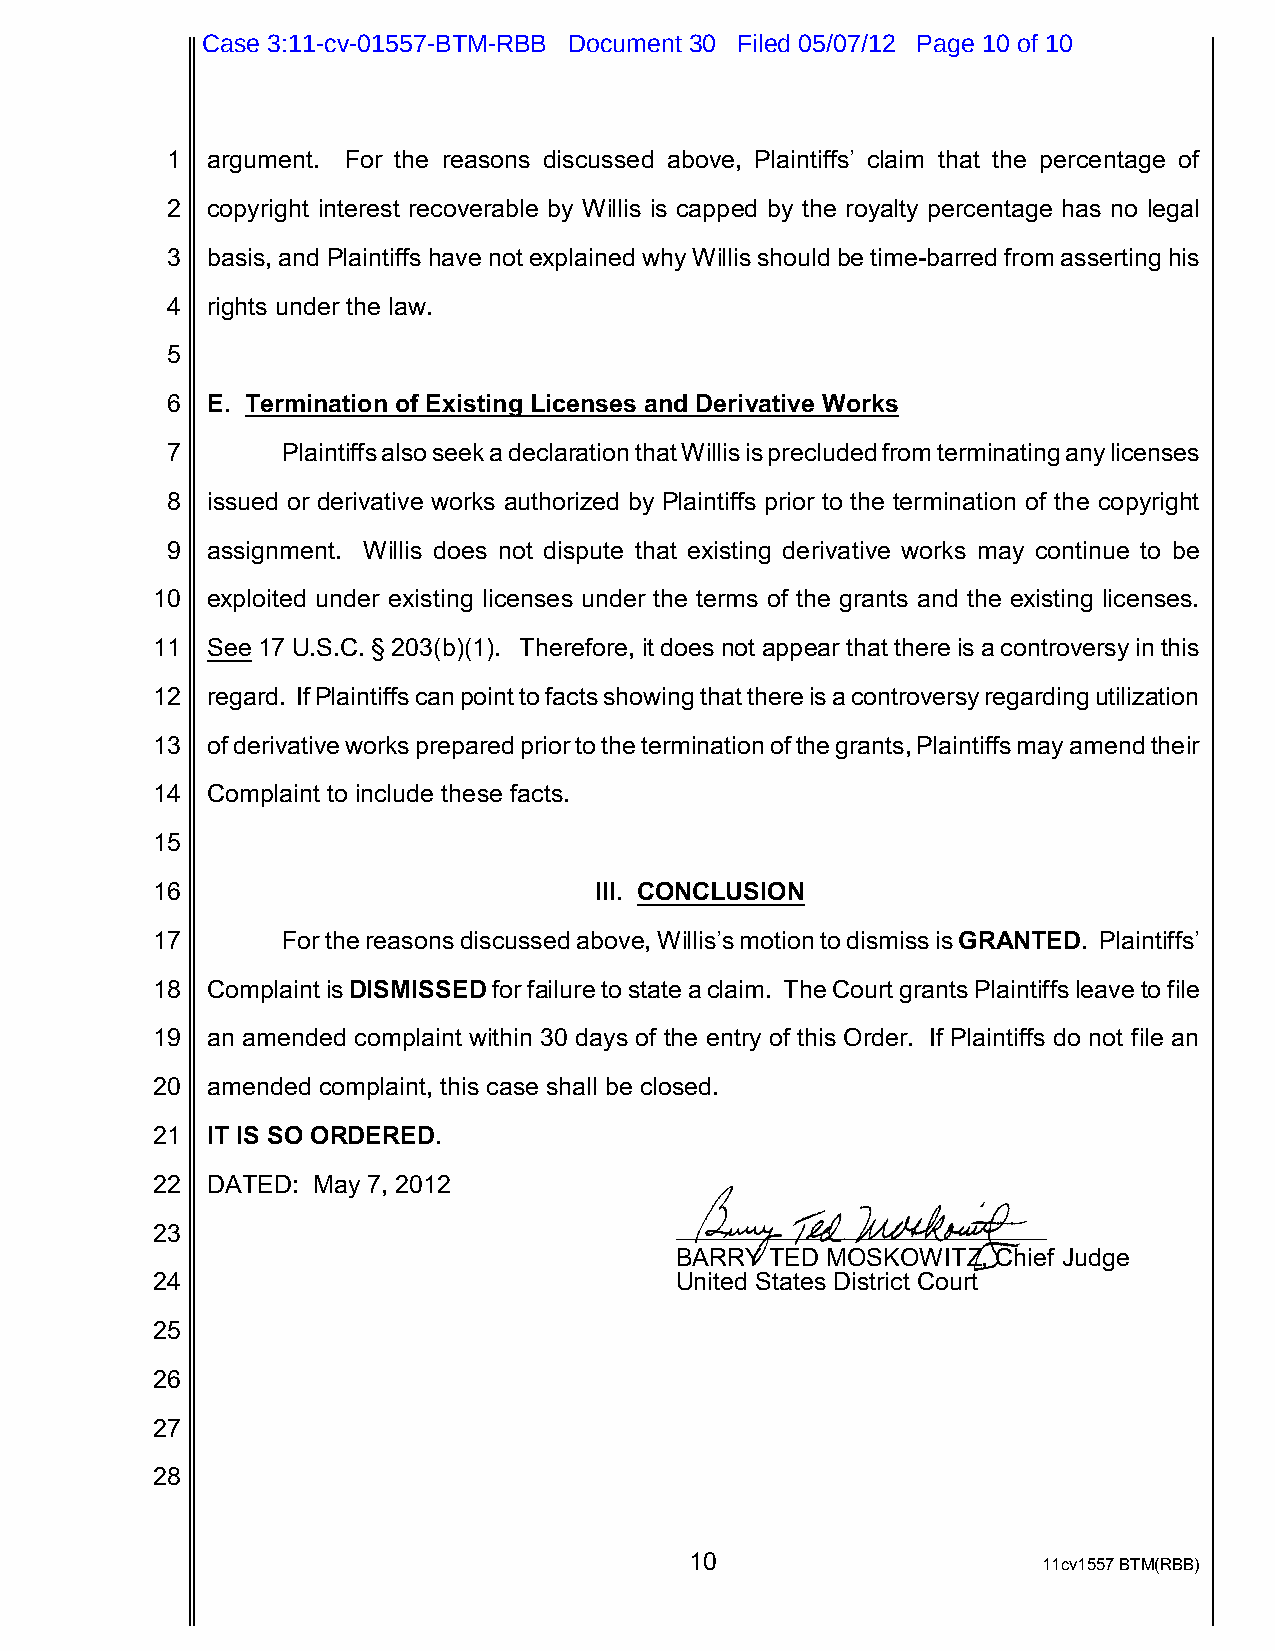
Case 3:11-cv-01557-BTM-RBB Document 30 Filed 05/07/12 Page 10 of 10
 1  argument. For the reasons discussed above, Plaintiffs’ claim that the percentage of
 2  copyright interest recoverable by Willis is capped by the royalty percentage has no legal
 3  basis, and Plaintiffs have not explained why Willis should be time-barred from asserting his
 4  rights under the law.
 5
 6  E. Termination of Existing Licenses and Derivative Works
 7       Plaintiffs also seek a declaration that Willis is precluded from terminating any licenses
 8  issued or derivative works authorized by Plaintiffs prior to the termination of the copyright
 9  assignment. Willis does not dispute that existing derivative works may continue to be
 10  exploited under existing licenses under the terms of the grants and the existing licenses.
 11  See 17 U.S.C. § 203(b)(1). Therefore, it does not appear that there is a controversy in this
 12  regard. If Plaintiffs can point to facts showing that there is a controversy regarding utilization
 13  of derivative works prepared prior to the termination of the grants, Plaintiffs may amend their
 14  Complaint to include these facts.
 15
 16                           III. CONCLUSION
 17       For the reasons discussed above, Willis’s motion to dismiss is GRANTED. Plaintiffs’
 18  Complaint is DISMISSED for failure to state a claim. The Court grants Plaintiffs leave to file
 19  an amended complaint within 30 days of the entry of this Order. If Plaintiffs do not file an
 20  amended complaint, this case shall be closed.
 21  IT IS SO ORDERED.
 22  DATED: May 7, 2012
 23
 BARRY TED MOSKOWITZ, Chief Judge
 24                                 United States District Court
 25
 26
 27
 28
 10                     11cv1557 BTM(RBB)